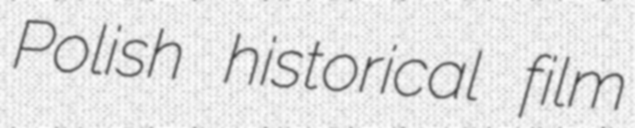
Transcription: Polish historical film